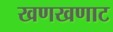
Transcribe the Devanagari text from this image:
खणखणाट